Note on the mental hospitals in Burma - 1925-1940
Year: 1925
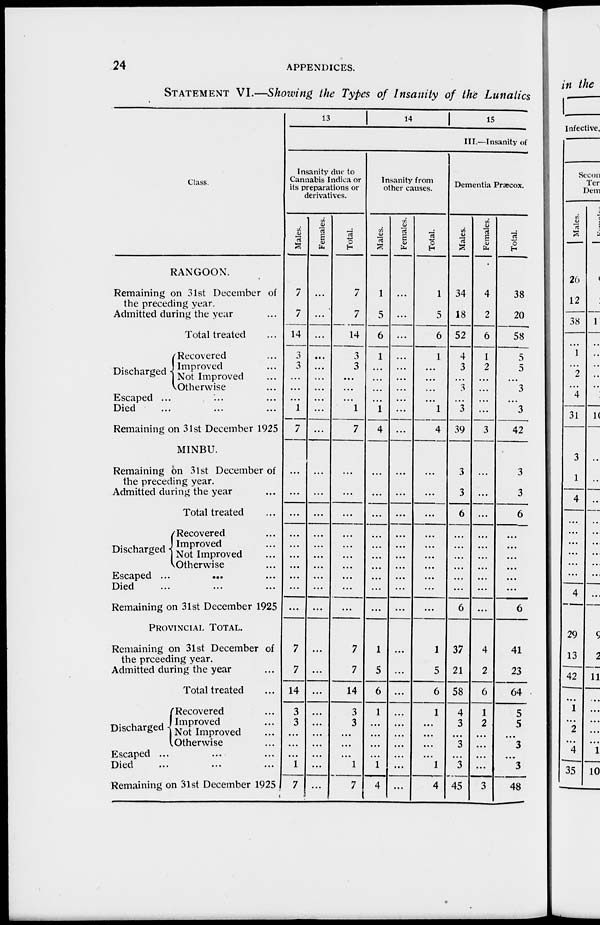
24
APPENDICES.
STATEMENT VI.—Showing the Types of Insanity of the Lunatics
Class.
RANGOON.
Remaining on 31st December of
the preceding year.
Admitted during the year ...
Total treated ...
Discharged
Recovered ...
Improved ...
Not Improved ...
Otherwise ...
Escaped ...
...
...
Died... ... ...
Remaining on 31st December 1925
MINBU.
Remaining on 31st December of
the preceding year.
Admitted during the year ...
Total treated ...
Discharged
Recovered ...
Improved ...
Not Improved ...
Otherwise ...
Escaped ...
... ...
Died ... ... ...
Remaining on 31st December 1925
PROVINCIAL TOTAL.
Remaining on 31st December of
the prceeding year.
Admitted during the year ...
Total treated ...
Discharged
Recovered ...
Improved ...
Not Improved ...
Otherwise ...
Escaped ... ... ...
Died ... ... ...
Remaining on 31st December 1925
13
14
15
III.—Insanity of
Insanity due to
Cannabis Indica or
its preparations or
derivatives.
Males.
7
7
14
3
3
...
...
...
1
7
...
...
...
...
...
...
...
...
...
...
7
7
14
3
3
...
...
...
1
7
Females.
...
...
...
...
...
...
...
...
...
...
...
...
...
...
...
...
...
...
...
...
...
...
...
...
...
...
...
...
...
...
Total.
7
7
14
3
3
...
...
...
1
7
...
...
...
...
...
...
...
...
...
...
7
7
14
3
3
...
...
...
1
7
Insanity from
other causes.
Males.
1
5
6
1
...
...
...
...
1
4
...
...
...
...
...
...
...
...
...
...
1
5
6
1
...
...
...
...
1
4
Females.
...
...
...
...
...
...
...
...
...
...
...
...
...
...
...
...
...
...
...
...
...
...
...
...
...
...
...
...
...
...
Total.
1
5
6
1
...
...
...
...
1
4
...
...
...
...
...
...
...
...
...
...
1
5
6
1
...
...
...
...
1
4
Dementia Præcox.
Males.
34
18
52
4
3
...
3
...
3
39
3
3
6
...
...
...
...
...
...
6
37
21
58
4
3
...
3
...
3
45
Females.
4
2
6
1
2
...
...
...
...
3
...
...
...
...
...
...
...
...
...
...
4
2
6
1
2
...
...
...
...
3
Total.
38
20
58
5
5
...
3
...
3
42
3
3
6
...
...
...
...
...
...
6
41
23
64
5
5
...
3
...
3
48